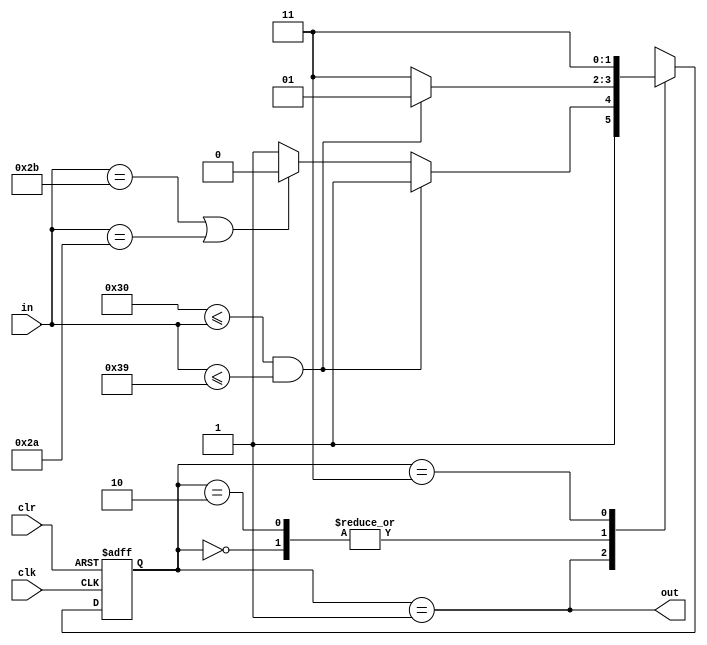
`timescale 1ns / 1ps

module expr(
    input clk,
    input clr,
    input [7:0] in,
    output out
    );

    parameter S0 = 2'b00, Sd = 2'b01, Sop = 2'b10, Serr = 2'b11;

    reg [1:0] state = 0;
    wire isdigit, isop;

    assign isdigit = "0" <= in && in <= "9";
    assign isop = in == "+" || in == "*";

    assign out = state == Sd;

    always @(posedge clk, posedge clr) begin
        if (clr) begin
            state <= S0;
        end else begin
            case (state)
                S0:   state <= isdigit ? Sd   : isop ? Serr : Serr;
                Sd:   state <= isdigit ? Serr : isop ? Sop  : Serr;
                Sop:  state <= isdigit ? Sd   : isop ? Serr : Serr;
                Serr: state <= Serr;
                default: state <= Serr;
            endcase
        end
    end

endmodule